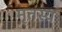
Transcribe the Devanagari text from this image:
मृतस्य